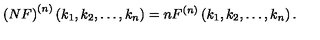
\left( N F \right) ^ { ( n ) } \left( k _ { 1 } , k _ { 2 } , \ldots , k _ { n } \right) = n F ^ { ( n ) } \left( k _ { 1 } , k _ { 2 } , \ldots , k _ { n } \right) .